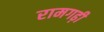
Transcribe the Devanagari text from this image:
रामगढ़ी